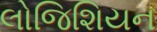
લોજિશિયન